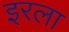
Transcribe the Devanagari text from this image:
इरला